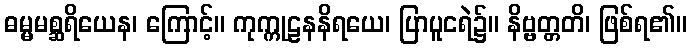
ဓမ္မမစ္ဆရိယေန၊ ကြောင့်။ ကုက္ကုဠနနိရယေ၊ ပြာပူငရဲ၌။ နိဗ္ဗတ္တတိ၊ ဖြစ်ရ၏။